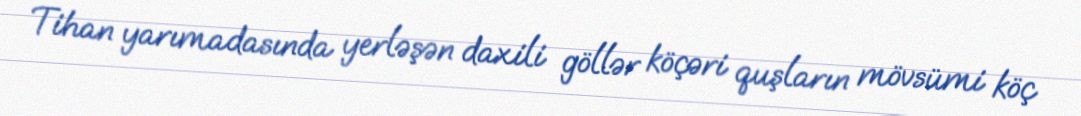
Tihan yarımadasında yerləşən daxili göllər köçəri quşların mövsümi köç